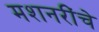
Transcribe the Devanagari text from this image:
मशनरींचे